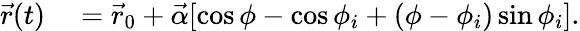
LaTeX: \begin{array}{rl}{\vec{r}(t)}&{{}=\vec{r}_{0}+\vec{\alpha}[\cos\phi-\cos\phi_{i}+(\phi-\phi_{i})\sin\phi_{i}].}\end{array}